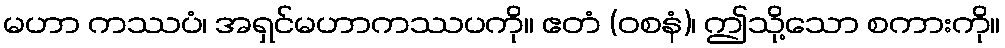
မဟာ ကဿပံ၊ အရှင်မဟာကဿပကို။ ဧတံ (ဝစနံ)၊ ဤသို့သော စကားကို။